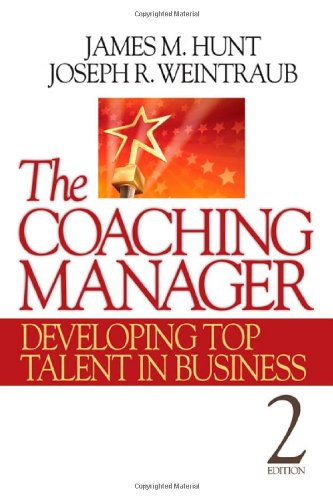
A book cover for The Coaching Manager: Developing Top Talent in Business; James M. Hunt; Business & Money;